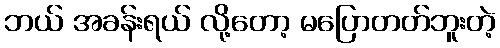
ဘယ် အခန်းရယ် လို့တော့ မပြောတတ်ဘူးတဲ့